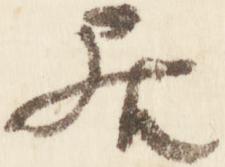
居